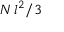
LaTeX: N \, l ^ { 2 } / 3